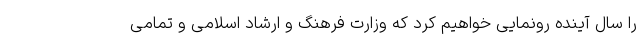
را سال آینده رونمایی خواهیم کرد که وزارت فرهنگ و ارشاد اسلامی و تمامی